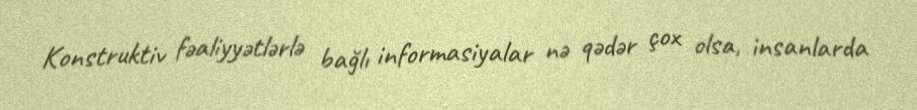
Konstruktiv fəaliyyətlərlə bağlı informasiyalar nə qədər çox olsa, insanlarda